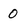
Character: 0